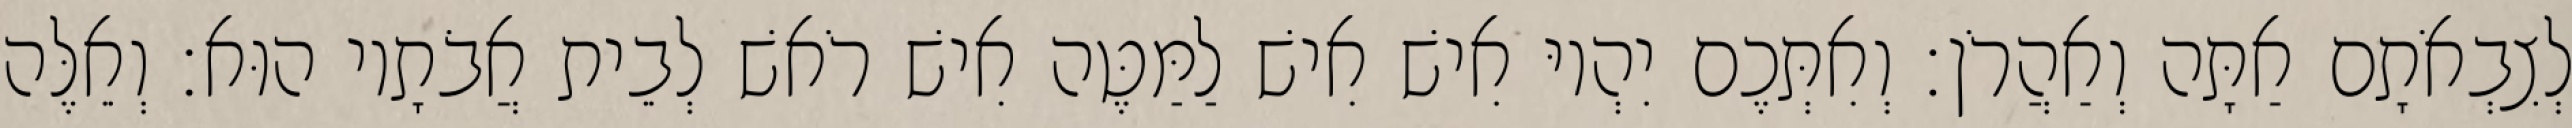
לְצִבְאֹתָם אַתָּה וְאַהֲרֹן׃ וְאִתְּכֶם יִהְיוּ אִישׁ אִישׁ לַמַּטֶּה אִישׁ רֹאשׁ לְבֵית אֲבֹתָיו הוּא׃ וְאֵלֶּה